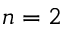
n = 2